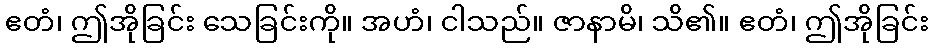
ဧတံ၊ ဤအိုခြင်း သေခြင်းကို။ အဟံ၊ ငါသည်။ ဇာနာမိ၊ သိ၏။ ဧတံ၊ ဤအိုခြင်း